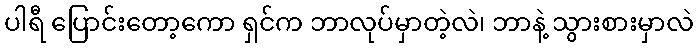
ပါရီ ပြောင်းတော့ကော ရှင်က ဘာလုပ်မှာတဲ့လဲ၊ ဘာနဲ့ သွားစားမှာလဲ